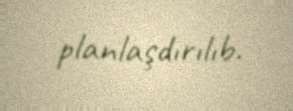
planlaşdırılıb.